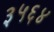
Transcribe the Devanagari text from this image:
३५६४